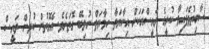
ސާބިތުވެފައިވާ ކުރީގެ ރައީސްއަކަށް އިނާޔަތާ ހިމާޔަތް ނުލިބޭ ގޮތަށެވެ. އެގޮތުން ކުރިން ރައީސް